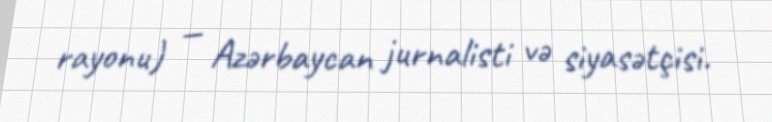
rayonu) — Azərbaycan jurnalisti və siyasətçisi.